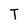
Character: T